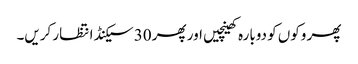
پھر وکوں کو دوبارہ کھینچیں اور پھر 30 سیکنڈ انتظار کریں۔